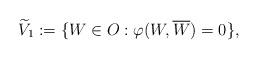
LaTeX: \begin{align*}\widetilde{V}_{1}:=\{W \in O: \varphi(W, \overline{W})=0 \}, \end{align*}